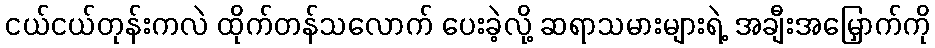
ငယ်ငယ်တုန်းကလဲ ထိုက်တန်သလောက် ပေးခဲ့လို့ ဆရာသမားများရဲ့ အချီးအမြှောက်ကို